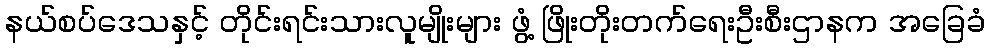
နယ်စပ်ဒေသနှင့် တိုင်းရင်းသားလူမျိုးများ ဖွံ့ ဖြိုးတိုးတက်ရေးဦးစီးဌာနက အခြေခံ